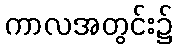
ကာလအတွင်း၌